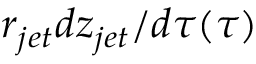
r _ { j e t } d z _ { j e t } / d \tau ( \tau )